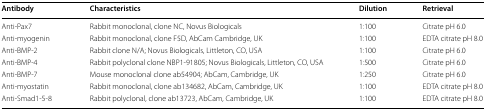
| Antibody | Characteristics | Dilution | Retrieval |
 | --- | --- | --- | --- |
 | Anti-Pax7 | Rabbit monoclonal, clone NC, Novus Biologicals | 1:100 | Citrate pH 6.0 |
 | Anti-myogenin | Rabbit monoclonal, clone F5D, AbCam Cambridge, UK | 1:100 | EDTA citrate pH 8.0 |
 | Anti-BMP-2 | Rabbit clone N/A; Novus Biologicals, Littleton, CO, USA | 1:100 | Citrate pH 6.0 |
 | Anti-BMP-4 | Rabbit polyclonal clone NBP1-91805; Novus Biologicals, Littleton, CO, USA | 1:500 | Citrate pH 6.0 |
 | Anti-BMP-7 | Mouse monoclonal clone ab54904; AbCam, Cambridge, UK | 1:250 | Citrate pH 6.0 |
 | Anti-myostatin | Rabbit monoclonal, clone ab134682, AbCam, Cambridge, UK | 1:100 | EDTA citrate pH 8.0 |
 | Anti-Smad1-5-8 | Rabbit polyclonal, clone ab13723, AbCam, Cambridge, UK | 1:100 | EDTA citrate pH 8.0 |